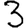
Digit: 3